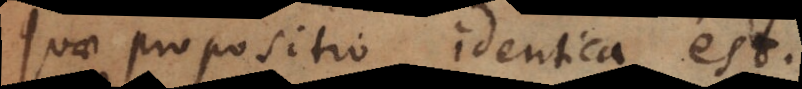
quae propositio identica est.